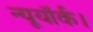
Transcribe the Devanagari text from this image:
न्यूयॉर्क।